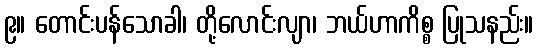
၉။ တောင်းပန်သောခါ၊ တို့လောင်းလျာ၊ ဘယ်ဟာကိစ္စ ပြုသနည်း။